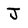
Character: J